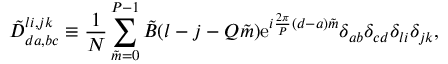
\tilde { D } _ { d a , b c } ^ { l i , j k } \equiv { \frac { 1 } { N } } \sum _ { \tilde { m } = 0 } ^ { P - 1 } \tilde { B } ( l - j - Q \tilde { m } ) \mathrm { e } ^ { i { \frac { 2 \pi } { P } } ( d - a ) \tilde { m } } \delta _ { a b } \delta _ { c d } \delta _ { l i } \delta _ { j k } ,